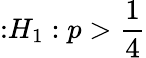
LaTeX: {\mathrm{:}}H_{1}:p>{\frac{1}{4}}